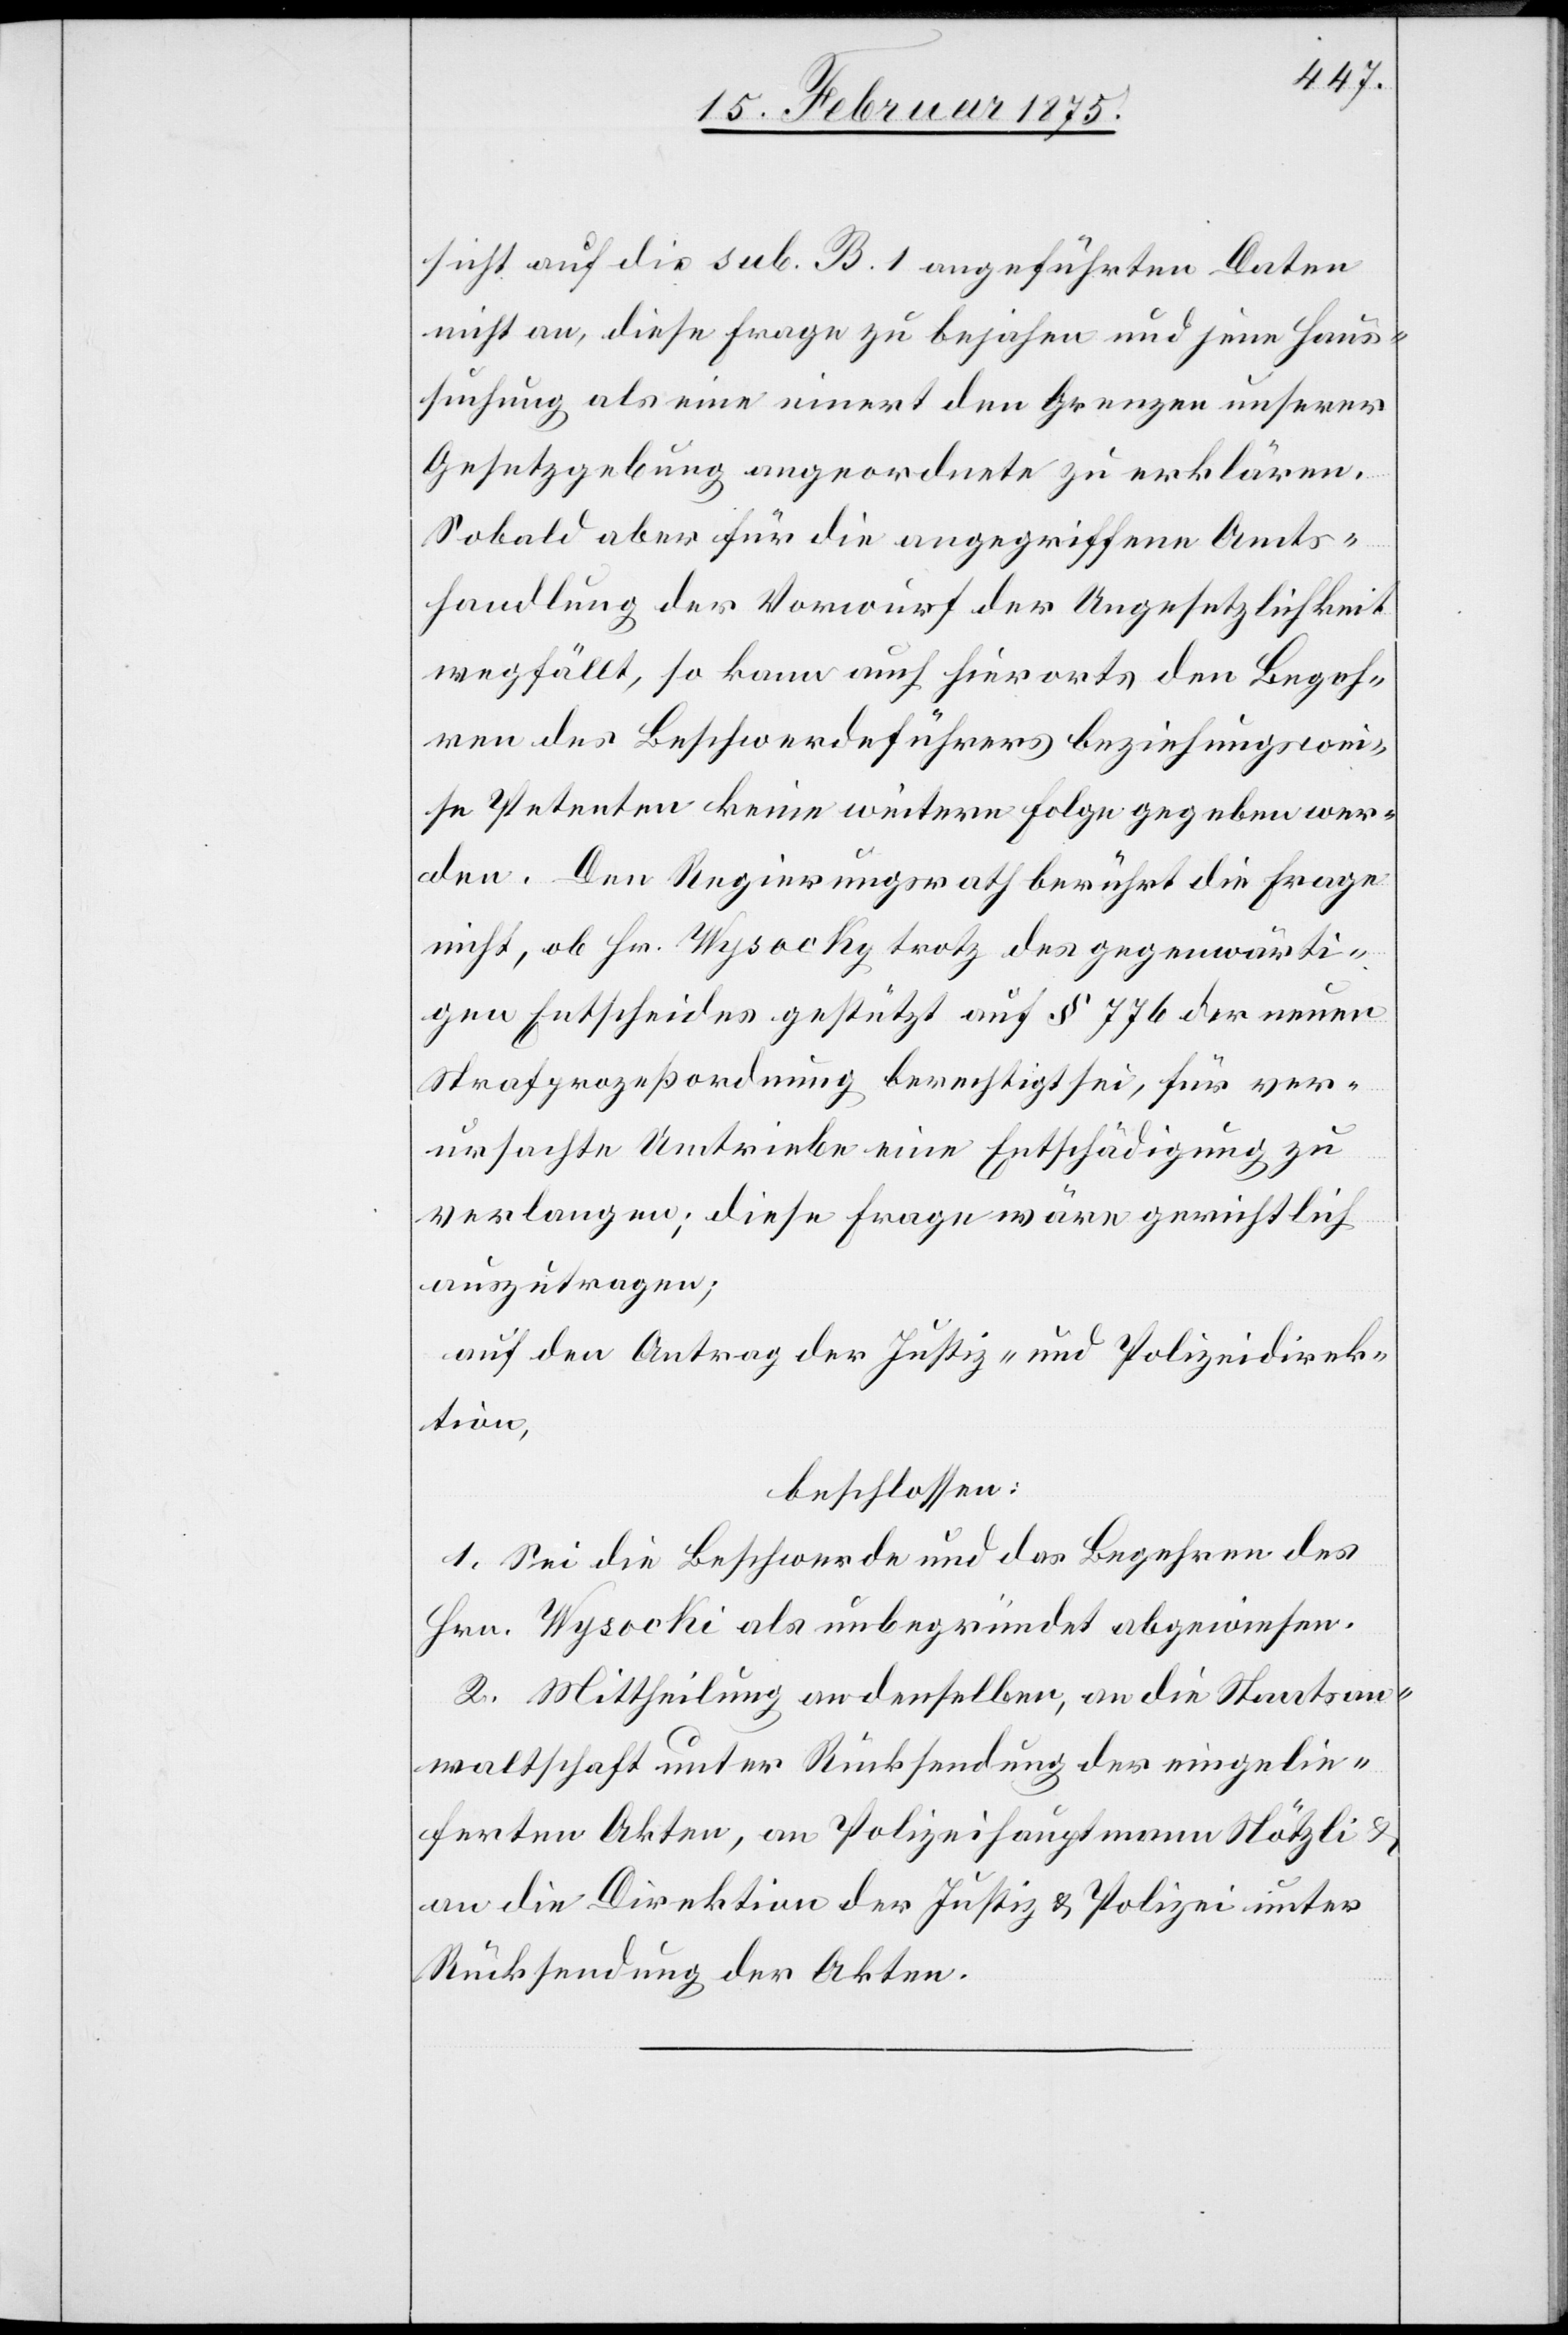
sicht auf die sub. B. 1 angeführten Daten
nicht an, diese Frage zu bejahen oder jene Haus¬
suchung als eine innert den Grenzen unserer
Gesetzgebung angeordnete zu erklären.
Sobald aber für die angegriffene Amts¬
handlung der Vorwurf der Ungesetzlichkeit
wegfällt, so kann auch hierorts den Begeh¬
ren des Beschwerdeführers beziehungswei¬
se Petenten keine weitere Folge gegeben wer¬
den. Den Regierungsrath berührt die Frage
nicht, ob Hr. Wysocky trotz des gegenwärti¬
gen Entscheides gestützt auf § 776 der neuen
Strafprozeßordnung berechtigt sei, für ver¬
ursachte Umtriebe eine Entschädigung zu
verlangen; diese Frage wäre gerichtlich
auszutragen;
auf den Antrag der Justiz- und Polizeidirek¬
tion,
beschlossen:
1. Sei die Beschwerde und das Begehren des
Hrn. Wysocki als unbegründet abgewiesen.
2. Mittheilung an denselben, an die Staatsan¬
waltschaft unter Rücksendung der eingelie¬
ferten Akten, an Polizeihauptmann Nötzli &
an die Direktion der Justiz und Polizei unter
Rücksendung der Akten.